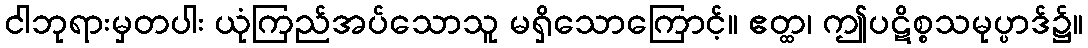
ငါဘုရားမှတပါး ယုံကြည်အပ်သောသူ မရှိသောကြောင့်။ ဧတ္ထ၊ ဤပဋိစ္စသမုပ္ပာဒ်၌။